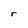
Character: r